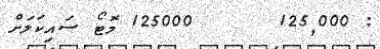
: 125